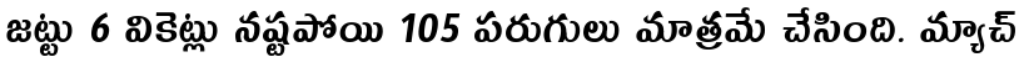
జట్టు 6 వికెట్లు నష్టపోయి 105 పరుగులు మాత్రమే చేసింది. మ్యాచ్